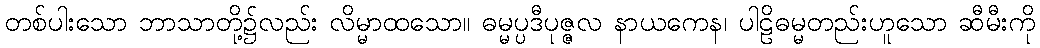
တစ်ပါးသော ဘာသာတို့၌လည်း လိမ္မာထသော။ ဓမ္မပ္ပဒီပုဇ္ဇလ နာယကေန၊ ပါဠိဓမ္မတည်းဟူသော ဆီမီးကို